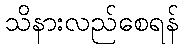
သိနားလည်စေရန်